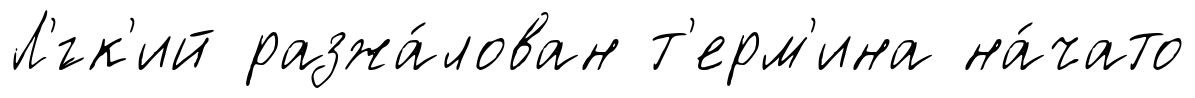
Л'́гк'ий разжа́лован т'ерм'ина на́чато